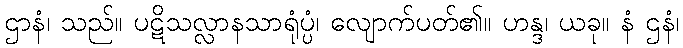
ဌာနံ၊ သည်။ ပဋိသလ္လာနသာရုံပ္ပံ၊ လျောက်ပတ်၏။ ဟန္ဒ၊ ယခု။ နံ ဌနံ၊